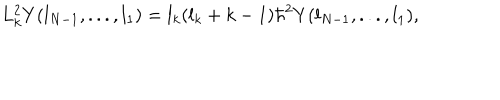
L _ { k } ^ { 2 } Y ( l _ { N - 1 } , . . . , l _ { 1 } ) = l _ { k } ( l _ { k } + k - 1 ) \hbar ^ { 2 } Y ( l _ { N - 1 } , . . . , l _ { 1 } ) ,